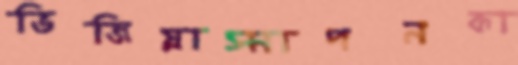
ভিজিয়াস্নাপনকা